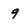
Character: 9